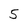
Character: 5